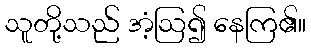
သူတို့သည် အံ့ဩ၍ နေကြ၏။